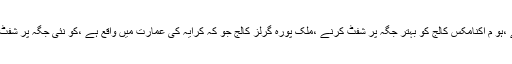
اس کے علاوہ سپیکر صوبائی اسمبلی نے ایبٹ آباد میں لڑکوں کے لئے ایک نئے کالج کی بنیاد رکھنے ،ہو م اکنامکس کالج کو بہتر جگہ پر شفٹ کرنے ،ملک پورہ گرلز کالج جو کہ کرایہ کی عمارت میں واقع ہے ،کو نئی جگہ پر شفٹ کرنے اور کالجز کے کھیل کے میدانوں کو طلباء کے علاوہ عام عوام کیلئے بھی کھولنے پر غورہوا ۔